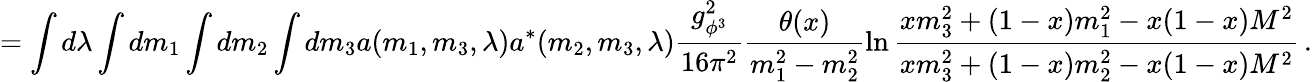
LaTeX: =\int d\lambda\int dm_{1}\int dm_{2}\int dm_{3}a(m_{1},m_{3},\lambda)a^{\ast}(m_{2},m_{3},\lambda)\frac{g_{\phi^{3}}^{2}}{16\pi^{2}}\frac{\theta(x)}{m_{1}^{2}-m_{2}^{2}}\ln\frac{xm_{3}^{2}+(1-x)m_{1}^{2}-x(1-x)M^{2}}{xm_{3}^{2}+(1-x)m_{2}^{2}-x(1-x)M^{2}}\, .